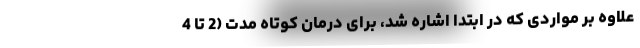
علاوه بر مواردی که در ابتدا اشاره شد، برای درمان کوتاه مدت (2 تا 4